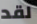
لقد